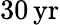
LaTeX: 30{\mathrm{\, yr}}